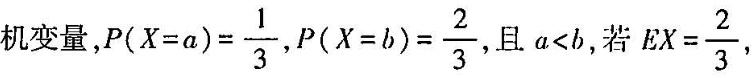
机变量， $$P ( X = a ) = \frac { 1 } { 3 }$$ $$P ( X = b )= \frac { 2 } { 3 }$$ ，且$$α < b$$，若 $$E X = \frac { 2 } { 3 }$$ ，